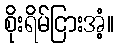
စိုးရိမ်ငြားအံ့။